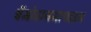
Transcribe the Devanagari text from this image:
बेंजोडायजापाइन